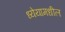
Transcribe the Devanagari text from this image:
ध्येयामधील